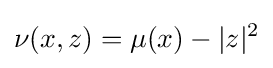
\nu (x,z)=\mu (x)-|z|^{2}